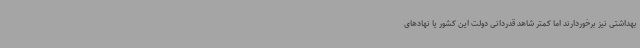
بهداشتی نیز برخوردارند اما کمتر شاهد قدردانی دولت این کشور یا نهادهای